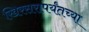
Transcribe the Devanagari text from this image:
खिरसरापर्यंतच्या